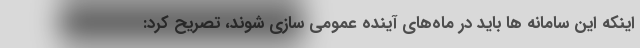
اینکه این سامانه ها باید در ماه‌های آینده عمومی سازی شوند، تصریح کرد: